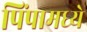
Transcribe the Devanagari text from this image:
पिंपामध्ये